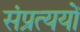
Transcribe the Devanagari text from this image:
संप्रत्ययों